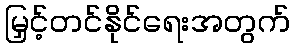
မြှင့်တင်နိုင်ရေးအတွက်